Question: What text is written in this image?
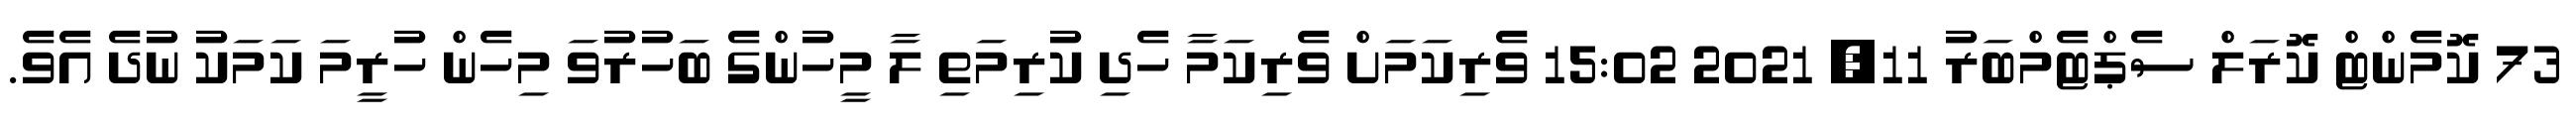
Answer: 73 ކޮމެންޓް ކޮރަލް ސެޕްޓެމްބަރު 11, 2021 15:02 ވެރިކަމަށް ވެރިކަމާ ހެދި ކުރިމަތި ލާ މީހުންގެ ބަހުރުވަ މިހެން ހުރީމަ ކަމަކު ނުދެ އެވެ.